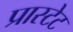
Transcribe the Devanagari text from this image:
प्रास्टेट